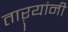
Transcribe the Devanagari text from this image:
ताऱ्यांनी